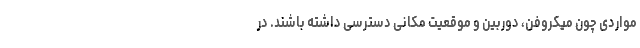
مواردی چون میکروفن، دوربین و موقعیت مکانی دسترسی داشته باشند. در